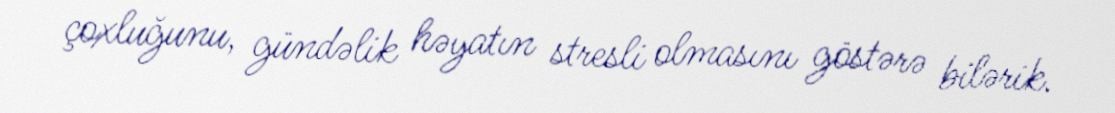
çoxluğunu, gündəlik həyatın stresli olmasını göstərə bilərik.